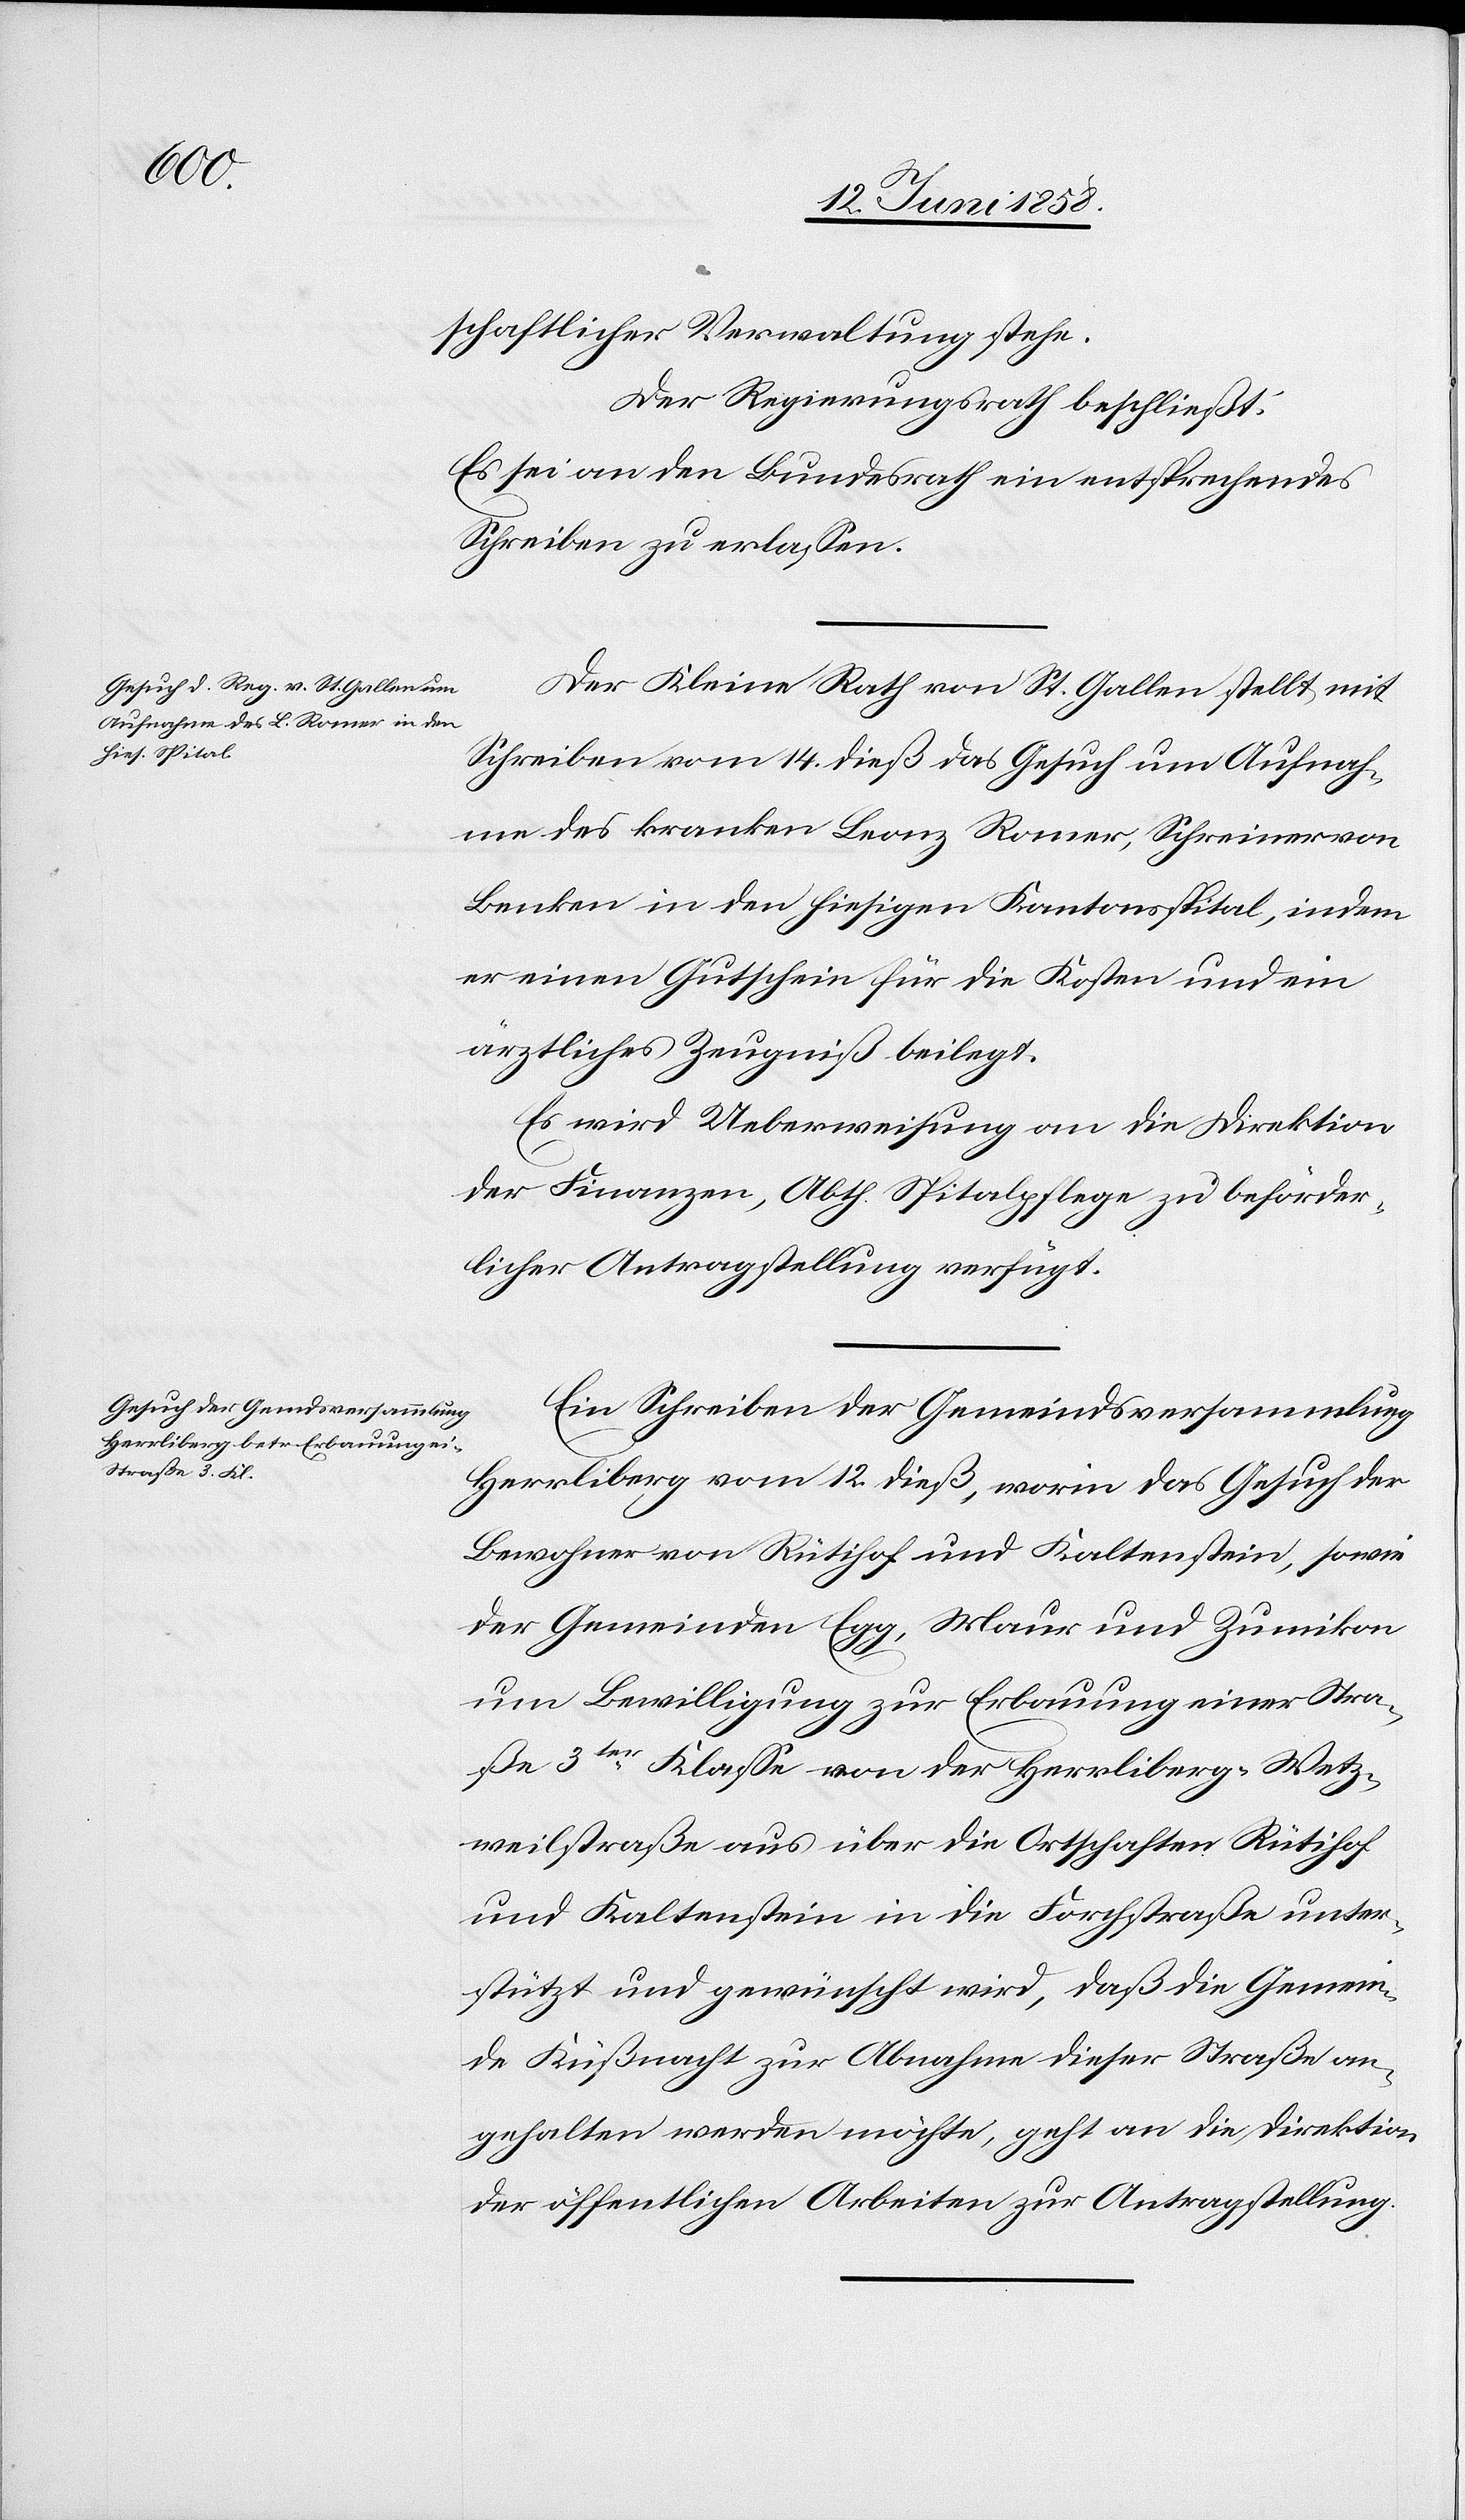
16. Juni 1858.]
schaftlicher Verwaltung stehe.
Der Regierungsrath beschließt:
Es sei an den Bundesrath ein entsprechendes
Schreiben zu erlassen.
Der Kleine Rath von St. Gallen stellt mit
Schreiben vom 14. dieß das Gesuch um Aufnah¬
me des kranken Leonz Romer, Schreiner von
Benken in den hiesigen Kantonsspital, indem
er einen Gutschein für die Kosten und ein
ärztliches Zeugniß beilegt.
Es wird Ueberweisung an die Direktion
der Finanzen, Abth. Spitalpflege zu beförder¬
licher Antragstellung verfügt.
Ein Schreiben der Gemeindsversammlung
Herrliberg vom 12. dieß, worin das Gesuch der
Bewohner von Rütihof und Kaltenstein, sowie
der Gemeinden Egg, Maur und Zumikon
um Bewilligung zur Erbauung einer Stra¬
ße 3ter Klasse von der Herrliberg-Wetz¬
weilstraße aus über die Ortschaften Rütihof
und Kaltenstein in die Forchstraße unter¬
stützt und gewünscht wird, daß die Gemein¬
de Küßnacht zur Abnahme dieser Straße an¬
gehalten werden möchte, geht an die Direktion
der öffentlichen Arbeiten zur Antragstellung.